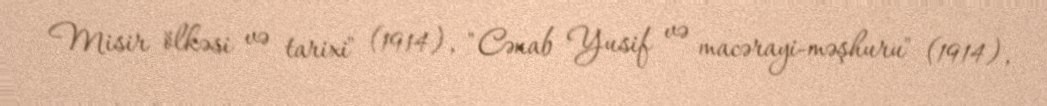
Misir ölkəsi və tarixi" (1914), "Cənab Yusif və macərayi-məşhuru" (1914),